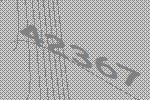
42367